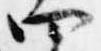
四